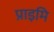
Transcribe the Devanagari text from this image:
प्राइमि